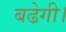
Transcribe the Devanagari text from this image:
बढेगी।